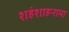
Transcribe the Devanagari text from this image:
शहंशाहनामा